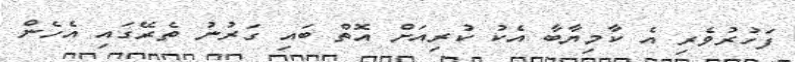
ފަހުރުވެރި އެ ކާމިޔާބާ އެކު ކުރިއަށް އޮތް ބައި ގަރުނު ތެރޭގައި އެހެން